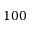
1 0 0